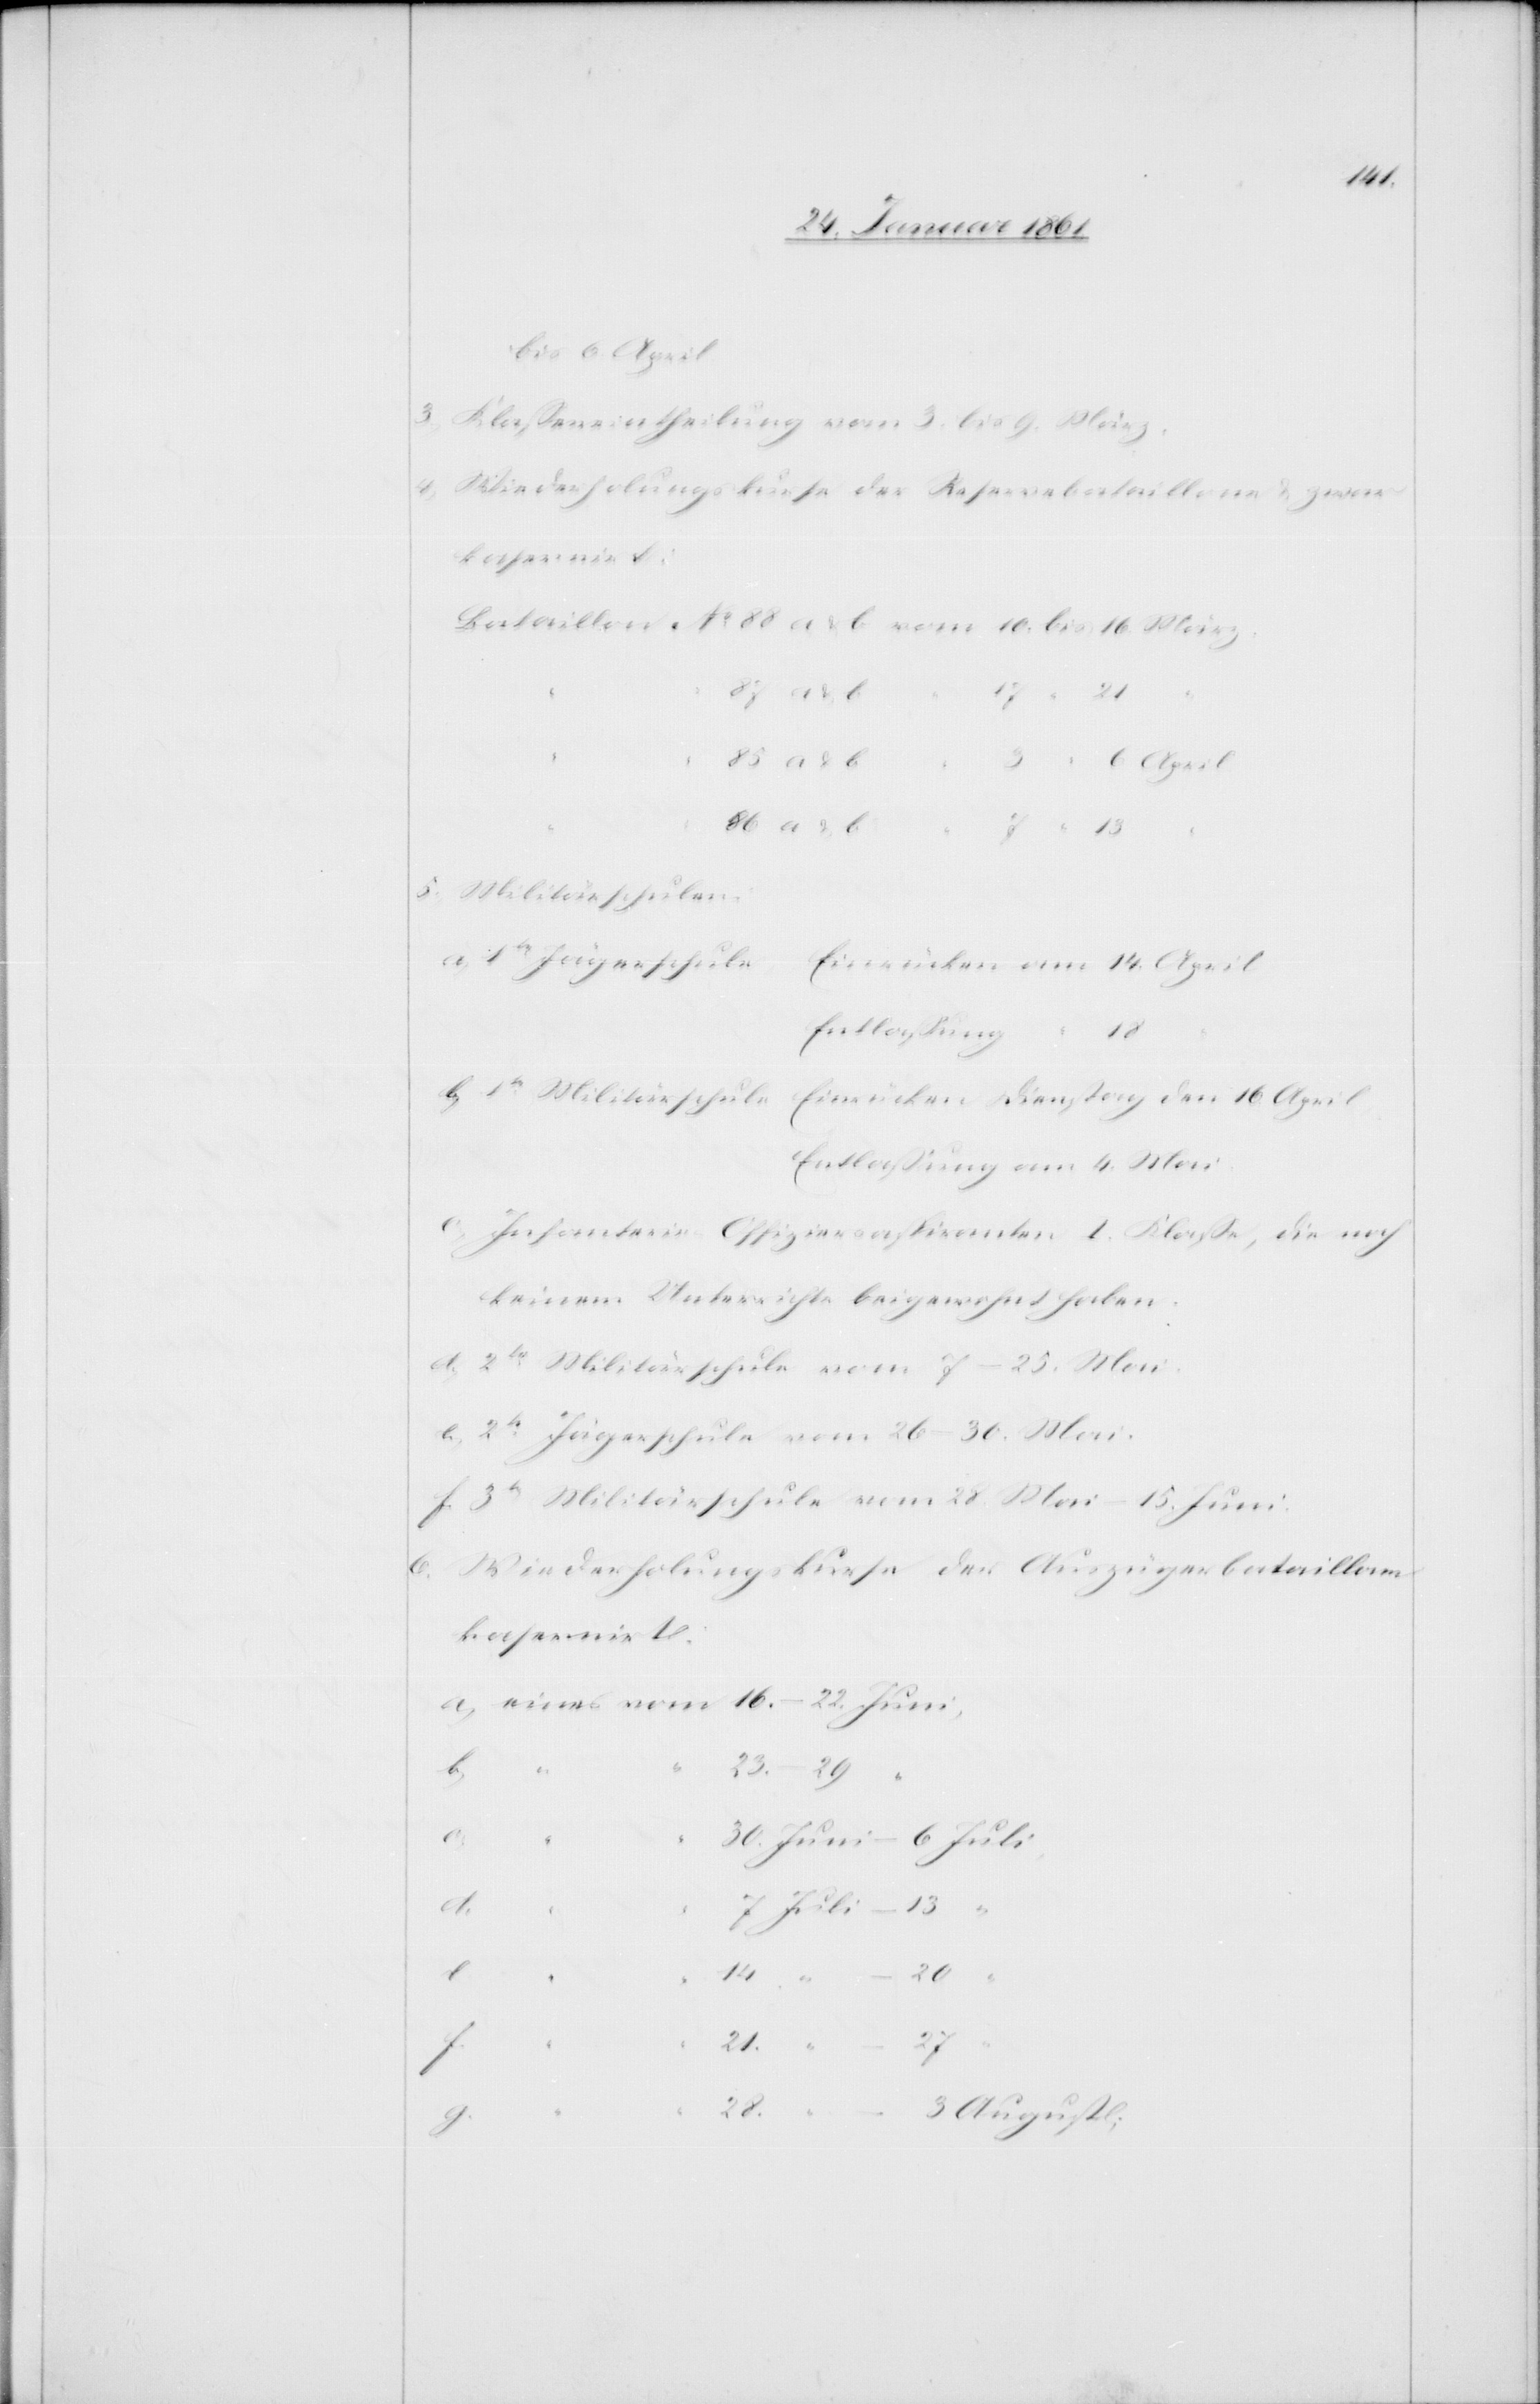
3) Klasseneintheilung vom 3. bis 9. März.
4) Wiederholungskurse der Reservebataillone u. zwar
kasernirt.
5) Militärschulen
Entlassung am 4. Mai.
Infanterie Offiziersaspiranten I. Klasse, die noch
keinem Unterrichte beigewohnt haben.
d) 2te Militärschule vom 7–25. Mai.
e) 2te Jägerschule vom 26.–30 Mai.
f) 3te Militärschule vom 28. Mai–15. Juni.
6)
Wiederholungskurse der Auszügerbataillone
18.
13
e.
“
21.
“
g.
3.
August